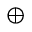
\oplus